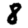
Digit: 8